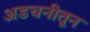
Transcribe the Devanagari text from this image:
अडचनीतून